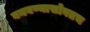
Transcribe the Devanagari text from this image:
बनवण्यासोबतच